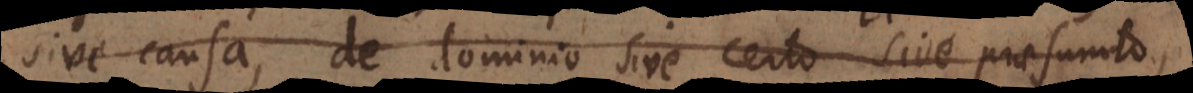
sive causa, de dominio sive certo sive praesumto,